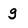
Character: g